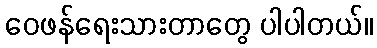
ဝေဖန်ရေးသားတာတွေ ပါပါတယ်။